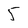
Character: 5